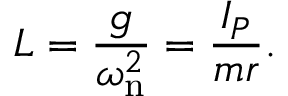
L = { \frac { g } { \omega _ { \mathrm { n } } ^ { 2 } } } = { \frac { I _ { P } } { m r } } .